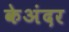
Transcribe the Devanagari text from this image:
केअंदर